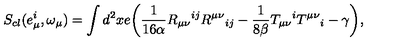
S _ { c l } ( e _ { \mu } ^ { i } , \omega _ { \mu } ) = \int { d ^ { 2 } } x e \bigg ( \frac { 1 } { 1 6 \alpha } R _ { \mu \nu } { } ^ { i j } R ^ { \mu \nu } { } _ { i j } - \frac { 1 } { 8 \beta } T _ { \mu \nu } { } ^ { i } T ^ { \mu \nu } { } _ { i } - \gamma \bigg ) ,